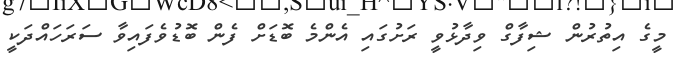
މީގެ އިތުރުން ޝިފާގް ވިދާޅުވީ ރަށުގައި އެންމެ ބޮޑަށް ފެން ބޮޑުވެފައިވާ ސަރަހައްދަކީ